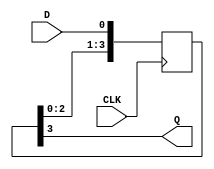
//-----------------------------------------------------------------------------
//
// (c) Copyright 2012-2012 Xilinx, Inc. All rights reserved.
//
// This file contains confidential and proprietary information
// of Xilinx, Inc. and is protected under U.S. and
// international copyright and other intellectual property
// laws.
//
// DISCLAIMER
// This disclaimer is not a license and does not grant any
// rights to the materials distributed herewith. Except as
// otherwise provided in a valid license issued to you by
// Xilinx, and to the maximum extent permitted by applicable
// law: (1) THESE MATERIALS ARE MADE AVAILABLE "AS IS" AND
// WITH ALL FAULTS, AND XILINX HEREBY DISCLAIMS ALL WARRANTIES
// AND CONDITIONS, EXPRESS, IMPLIED, OR STATUTORY, INCLUDING
// BUT NOT LIMITED TO WARRANTIES OF MERCHANTABILITY, NON-
// INFRINGEMENT, OR FITNESS FOR ANY PARTICULAR PURPOSE; and
// (2) Xilinx shall not be liable (whether in contract or tort,
// including negligence, or under any other theory of
// liability) for any loss or damage of any kind or nature
// related to, arising under or in connection with these
// materials, including for any direct, or any indirect,
// special, incidental, or consequential loss or damage
// (including loss of data, profits, goodwill, or any type of
// loss or damage suffered as a result of any action brought
// by a third party) even if such damage or loss was
// reasonably foreseeable or Xilinx had been advised of the
// possibility of the same.
//
// CRITICAL APPLICATIONS
// Xilinx products are not designed or intended to be fail-
// safe, or for use in any application requiring fail-safe
// performance, such as life-support or safety devices or
// systems, Class III medical devices, nuclear facilities,
// applications related to the deployment of airbags, or any
// other applications that could lead to death, personal
// injury, or severe property or environmental damage
// (individually and collectively, "Critical
// Applications"). Customer assumes the sole risk and
// liability of any use of Xilinx products in Critical
// Applications, subject only to applicable laws and
// regulations governing limitations on product liability.
//
// THIS COPYRIGHT NOTICE AND DISCLAIMER MUST BE RETAINED AS
// PART OF THIS FILE AT ALL TIMES.
//
//-----------------------------------------------------------------------------
//
// Project    : UltraScale+ FPGA PCI Express v4.0 Integrated Block
// Version    : 1.3 
//-----------------------------------------------------------------------------
//--------------------------------------------------------------------------------------------------
//  Design :  PHY Wrapper
//  Module :  Synchronizer & Pipelining Cell
//--------------------------------------------------------------------------------------------------

`timescale 1ps / 1ps

//--------------------------------------------------------------------------------------------------
//  Synchronizer & Pipelining Cell 
//--------------------------------------------------------------------------------------------------
(* DowngradeIPIdentifiedWarnings = "yes" *)
module xdma_0_pcie4_ip_sync_cell #
(
    parameter integer STAGE = 3
)
(
    //-------------------------------------------------------------------------- 
    //  Input Ports
    //-------------------------------------------------------------------------- 
    input                               CLK,
    input                               D,
    
    //-------------------------------------------------------------------------- 
    //  Output Ports
    //-------------------------------------------------------------------------- 
    output                              Q
);
    //-------------------------------------------------------------------------- 
    //  Synchronized Signals
    //--------------------------------------------------------------------------  
    (* ASYNC_REG = "TRUE", SHIFT_EXTRACT = "NO" *) reg [STAGE:0] sync;                                                            



//--------------------------------------------------------------------------------------------------
//  Synchronizier
//--------------------------------------------------------------------------------------------------
always @ (posedge CLK)
begin

    sync <= {sync[(STAGE-1):0], D};
            
end   



//--------------------------------------------------------------------------------------------------
//  Generate Output
//--------------------------------------------------------------------------------------------------
assign Q = sync[STAGE];



endmodule